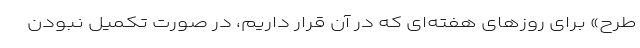
طرح» برای روز‌های هفته‌ای که در آن قرار داریم، در صورت تکمیل نبودن